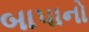
બાપાનો